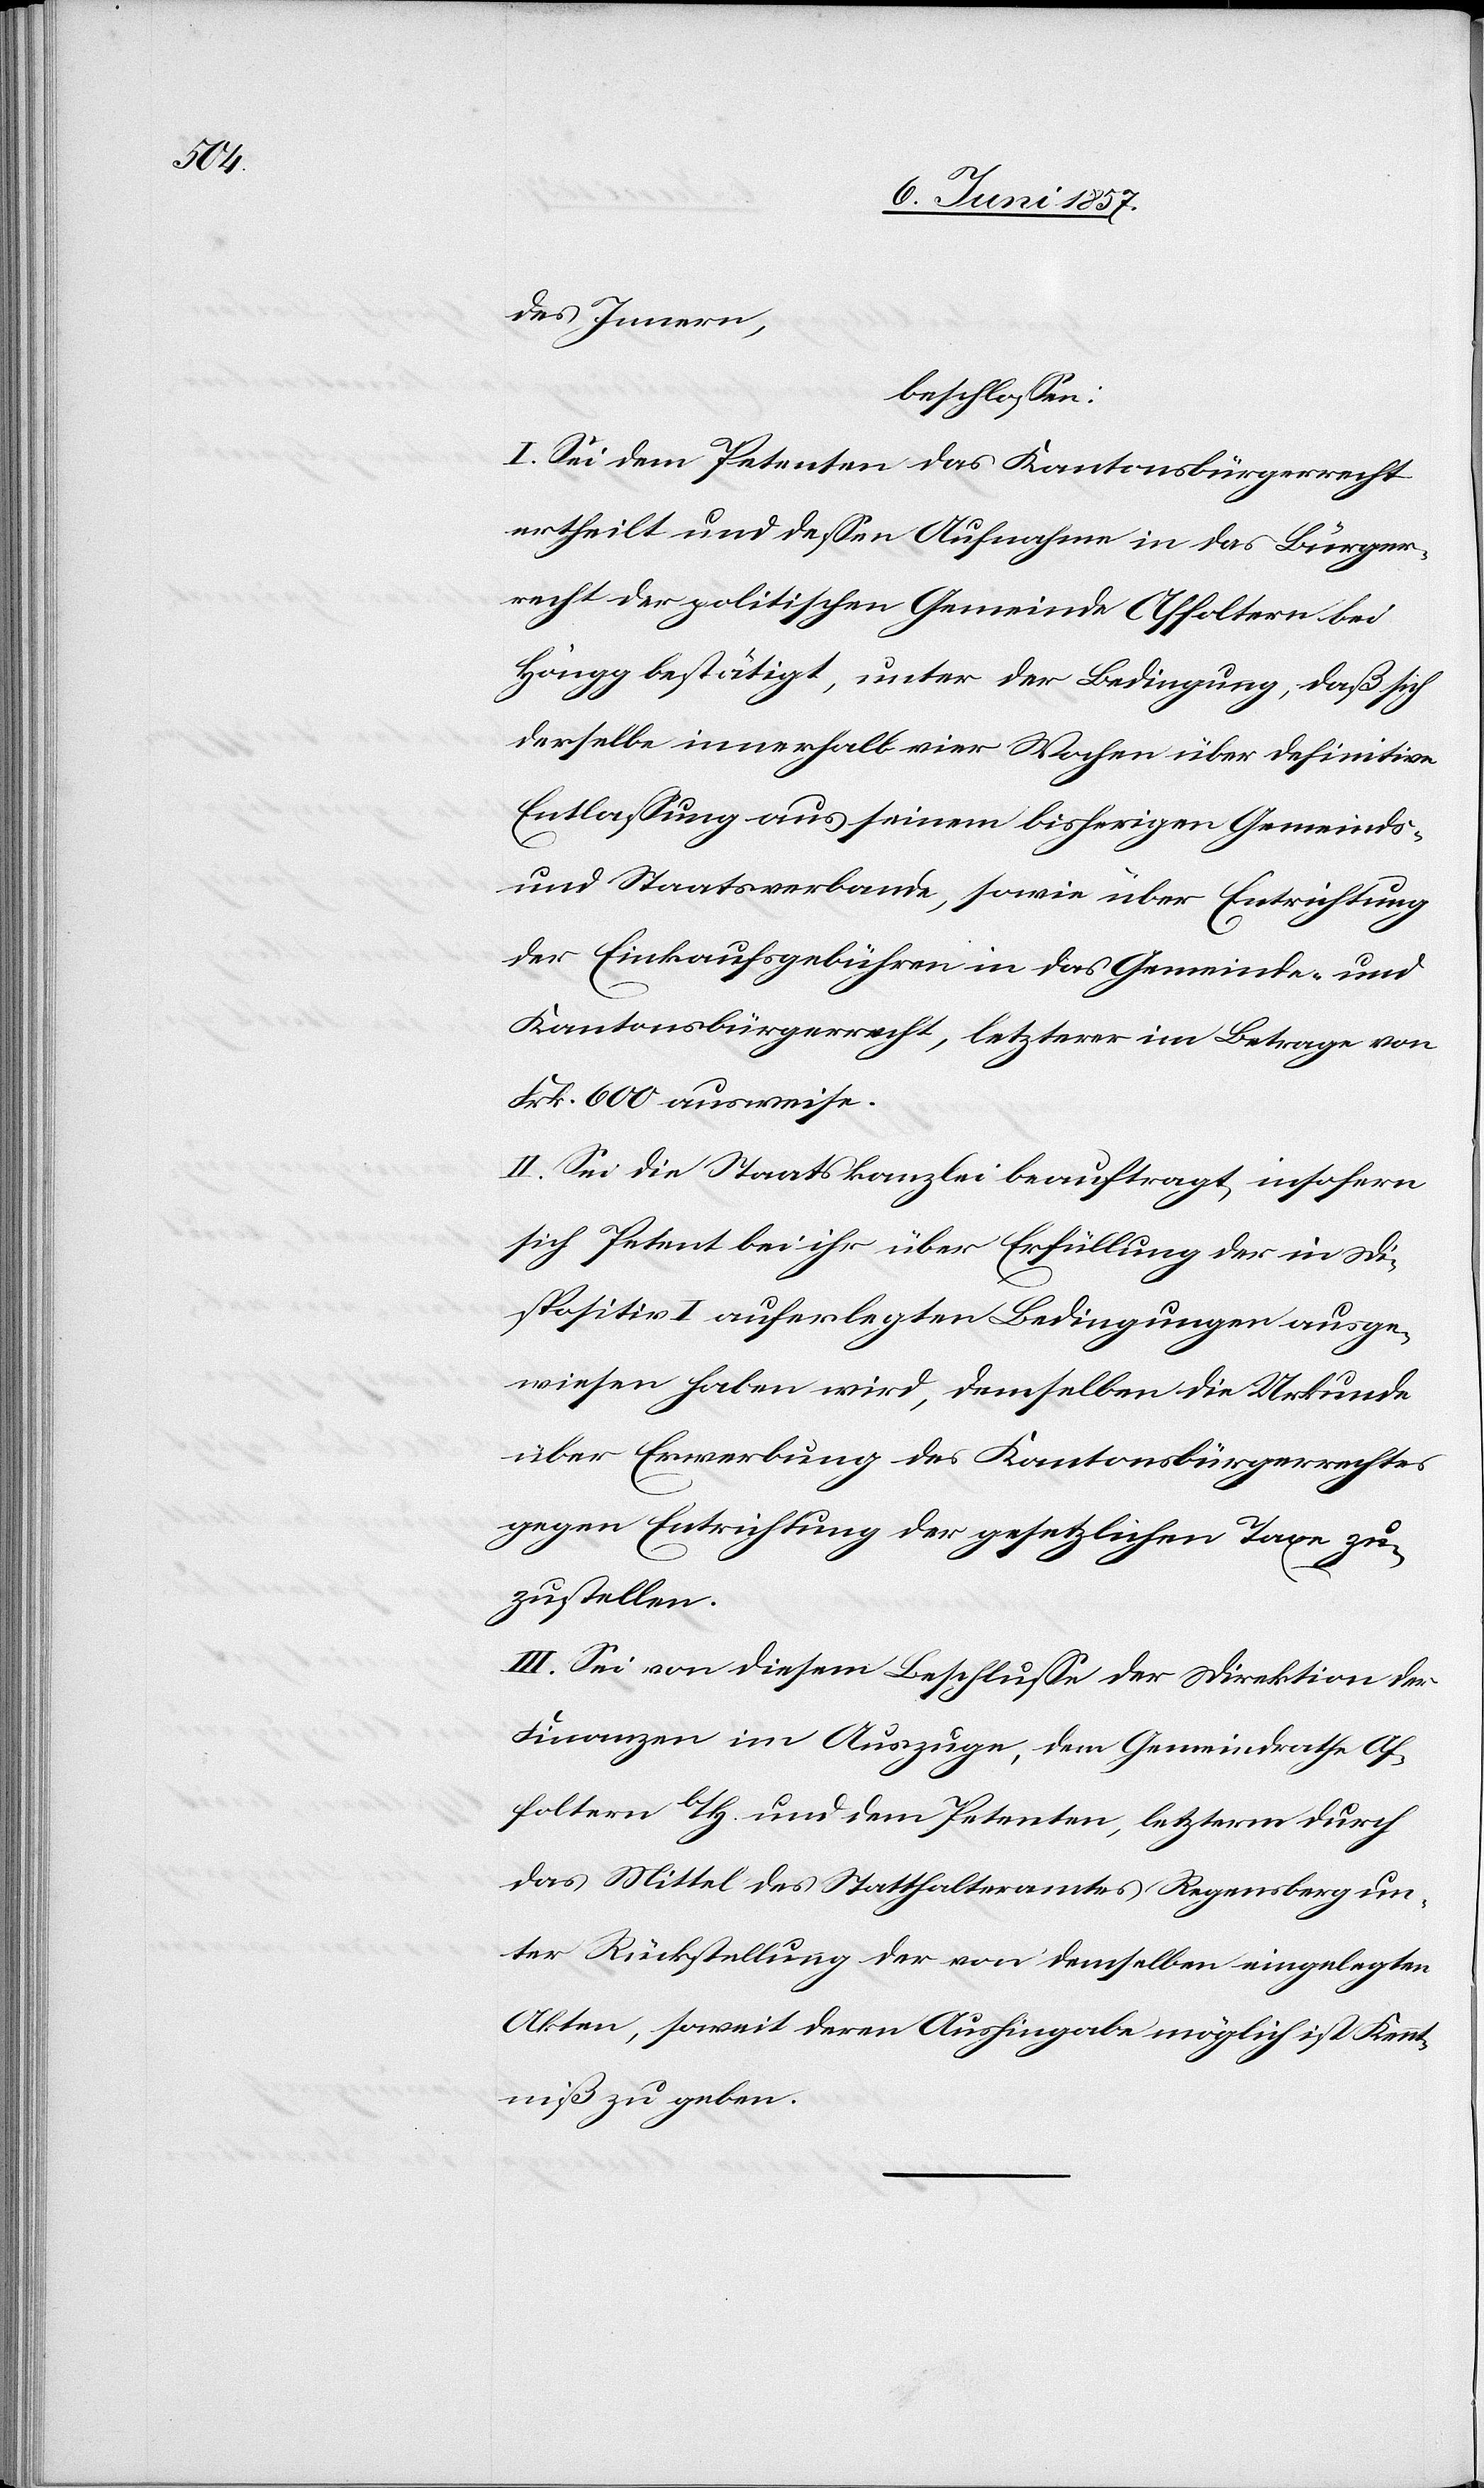
des Innern,
beschlossen:
I. Sei dem Petenten das Kantonsbürgerrecht
ertheilt und dessen Aufnahme in das Bürger¬
recht der politischen Gemeinde Affoltern bei
Höngg bestätigt, unter der Bedingung, daß sich
derselbe innerhalb vier Wochen über definitive
Entlassung aus seinem bisherigen Gemeinds-
und Staatsverband, sowie über Entrichtung
der Einkaufsgebühren in das Gemeinde- und
Kantonsbürgerrecht, letzterer im Betrage von
Frk. 600 ausweise.
II. S	ei die Staatskanzlei beauftragt, insofern
sich Petent bei ihr über Erfüllung der in Di¬
spositiv I auferlegten Bedingungen ausge¬
wiesen haben wird, demselben die Urkunde
über Erwerbung des Kantonsbürgerrechtes
gegen Entrichtung der gesetzlichen Taxe zu¬
zustellen.
III. Sei von diesem Beschlusse der Direktion der
Finanzen im Auszuge, dem Gemeindrathe Af¬
foltern b/H. und dem Petenten, letzterm durch
das Mittel des Statthalteramtes Regensberg un¬
ter Rückstellung der von demselben eingelegten
Akten, soweit deren Aushingabe möglich ist Kennt¬
niß zu geben.